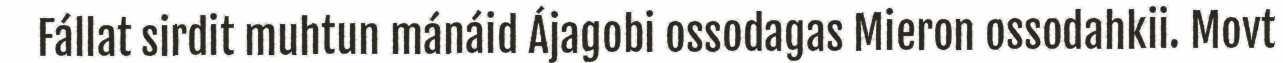
Fállat sirdit muhtun mánáid Ájagobi ossodagas Mieron ossodahkii. Movt